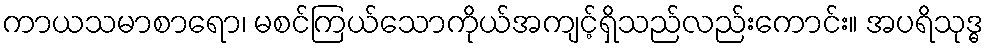
ကာယသမာစာရော၊ မစင်ကြယ်သောကိုယ်အကျင့်ရှိသည်လည်းကောင်း။ အပရိသုဒ္ဓ